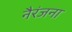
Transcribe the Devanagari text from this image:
नैरंजना